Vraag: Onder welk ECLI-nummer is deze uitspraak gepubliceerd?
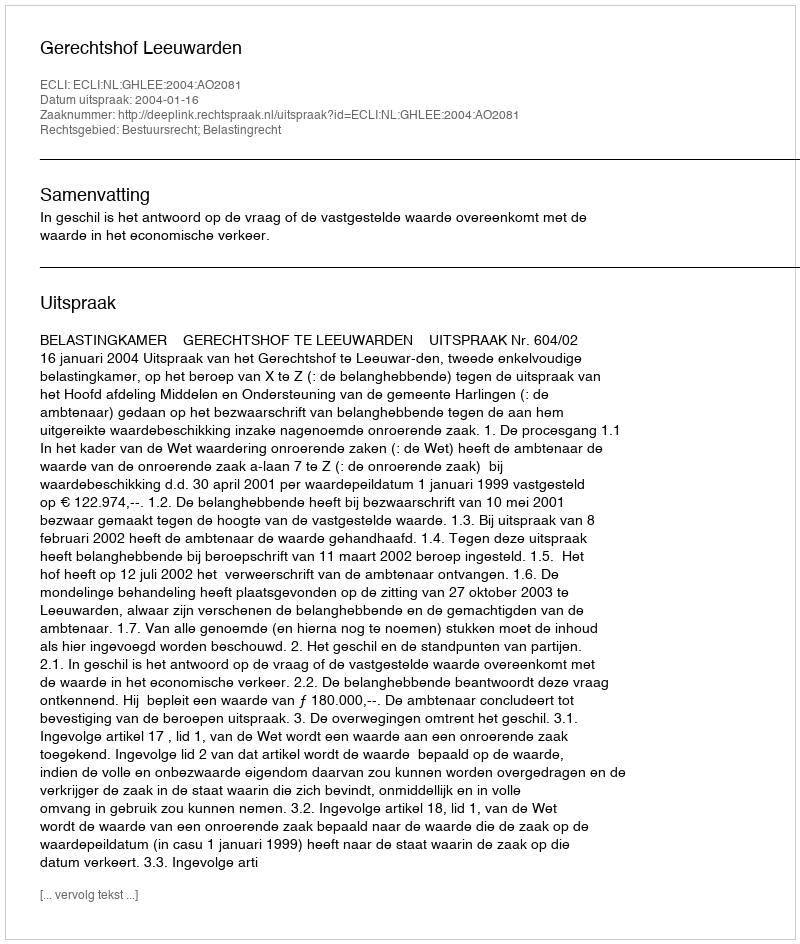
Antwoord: ECLI:NL:GHLEE:2004:AO2081